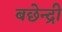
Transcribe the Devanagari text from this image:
बछेन्द्री